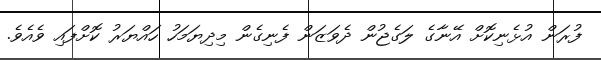
ފުރަން އުޅެނިކޮށް އޭނާގެ ލަގެޖުން ދެވަޒަން ފެނިގެން މިދިޔަމަހު ހައްޔަރު ކޮށްފައި ވެއެވެ.